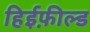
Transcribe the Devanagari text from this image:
हिईफ़ील्ड